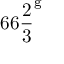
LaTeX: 6 6 { \frac { 2 } { 3 } } ^ { \mathrm { g } }